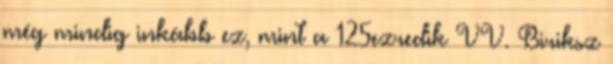
még mindig inkább ez, mint a 125ezredik VV. Biriksz